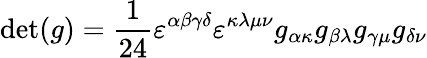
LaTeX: \operatorname*{det}(g)={\frac{1}{24}}\varepsilon^{\alpha\beta\gamma\delta}\varepsilon^{\kappa\lambda\mu\nu}g_{\alpha\kappa}g_{\beta\lambda}g_{\gamma\mu}g_{\delta\nu}